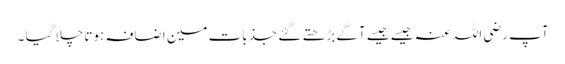
آپ رضی اللہ عنہ جیسے جیسے آگے بڑھتے گئے جذبات مین اضافہ ہوتا چلا گیا ۔